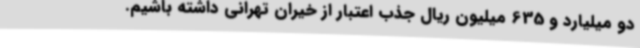
دو میلیارد و 635 میلیون ریال جذب اعتبار از خیران تهرانی داشته باشیم.